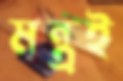
মন্ত্রই